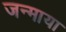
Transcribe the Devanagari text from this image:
जन्माया